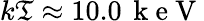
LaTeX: k\mathfrak{T}\approx10.0\, \mathrm{{~k~e~V~}}